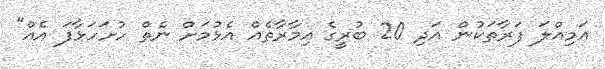
އަމިއްލަ ފަރާތަކުން އަދި 20 ބުރީގެ އިމާރާތެއް އެޅުމަށް ނެތް ހުށަހަޅާފަ އެއް"